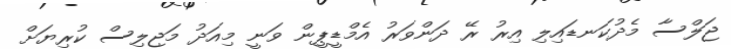
ޖަލްސާ މެދުކަނޑައިލި އިރު ރޭ ދަންވަރު އެމްޑީޕީން ވަނީ މިއަދު މަޖިލިސް ކުރިޔަށް